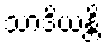
သာဒိယန္တိ